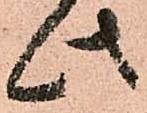
此